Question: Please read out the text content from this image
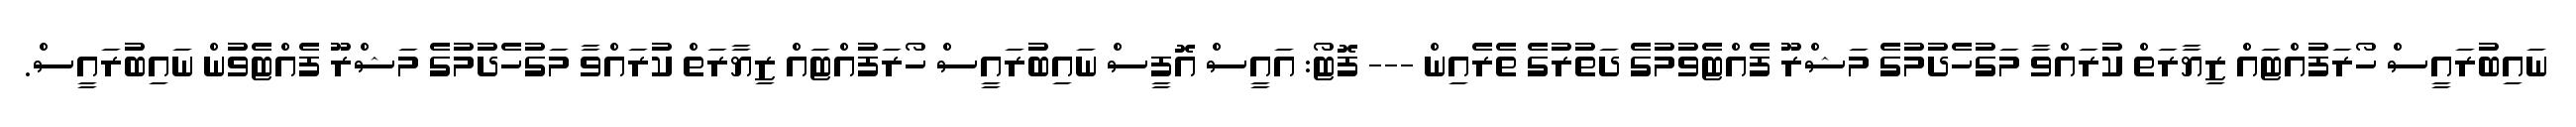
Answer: ނައިބުރައީސް ހޯރަފުއްޓައް ޒިޔާރަތް ކުރައްވާ މަގުހެދުމުގެ މަޝްރޫ ފެއްޓެވުމުގެ ދަތުރުގެ ތެރެއިން --- ފޮޓޯ: އައީސް އޮފީސް ނައިބުރައީސް ހޯރަފުއްޓައް ޒިޔާރަތް ކުރައްވާ މަގުހެދުމުގެ މަޝްރޫ ފެއްޓެވުން ނައިބުރައީސް.